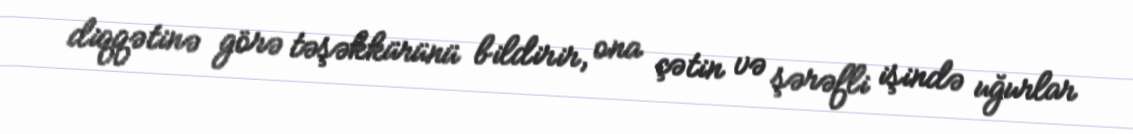
diqqətinə görə təşəkkürünü bildirir, ona çətin və şərəfli işində uğurlar